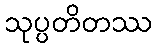
သုပ္ပတိတဿ